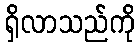
ရှိလာသည်ကို